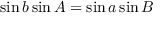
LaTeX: \sin b \sin A = \sin a \sin B